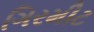
ગિરમીટ